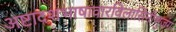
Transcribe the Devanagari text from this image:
अष्टादशभाषावारविलासिनीभुजंग